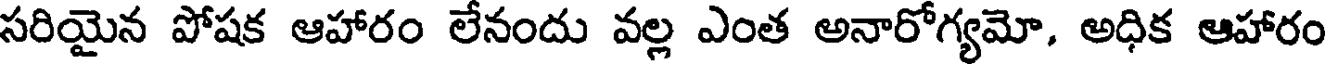
సరియైన పోషక ఆహారం లేనందు వల్ల ఎంత అనారోగ్యమో, అధిక ఆహారం